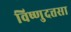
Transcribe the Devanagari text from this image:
विष्णुदत्तसा